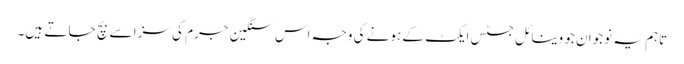
تاہم یہ نوجوان جو وینا ئل جسٹس ایکٹ کے ہونے کی وجہ اس سنگین جرم کی سزا سے بچ جا تے ہیں۔